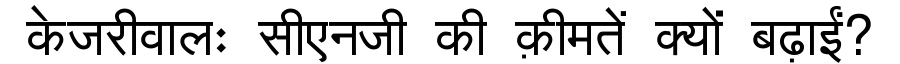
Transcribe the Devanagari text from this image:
केजरीवालः सीएनजी की क़ीमतें क्यों बढ़ाईं?